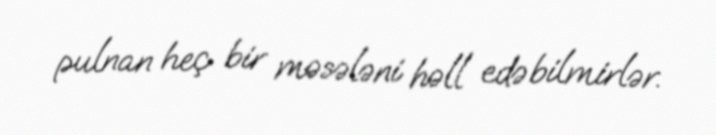
pulnan heç bir məsələni həll edə bilmirlər.